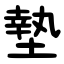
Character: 墊